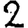
Digit: 2